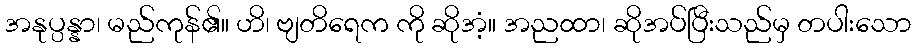
အနုပ္ပန္နာ၊ မည်ကုန်၏။ ဟိ၊ ဗျတိရေက ကို ဆိုအံ့။ အညထာ၊ ဆိုအပ်ပြီးသည်မှ တပါးသော